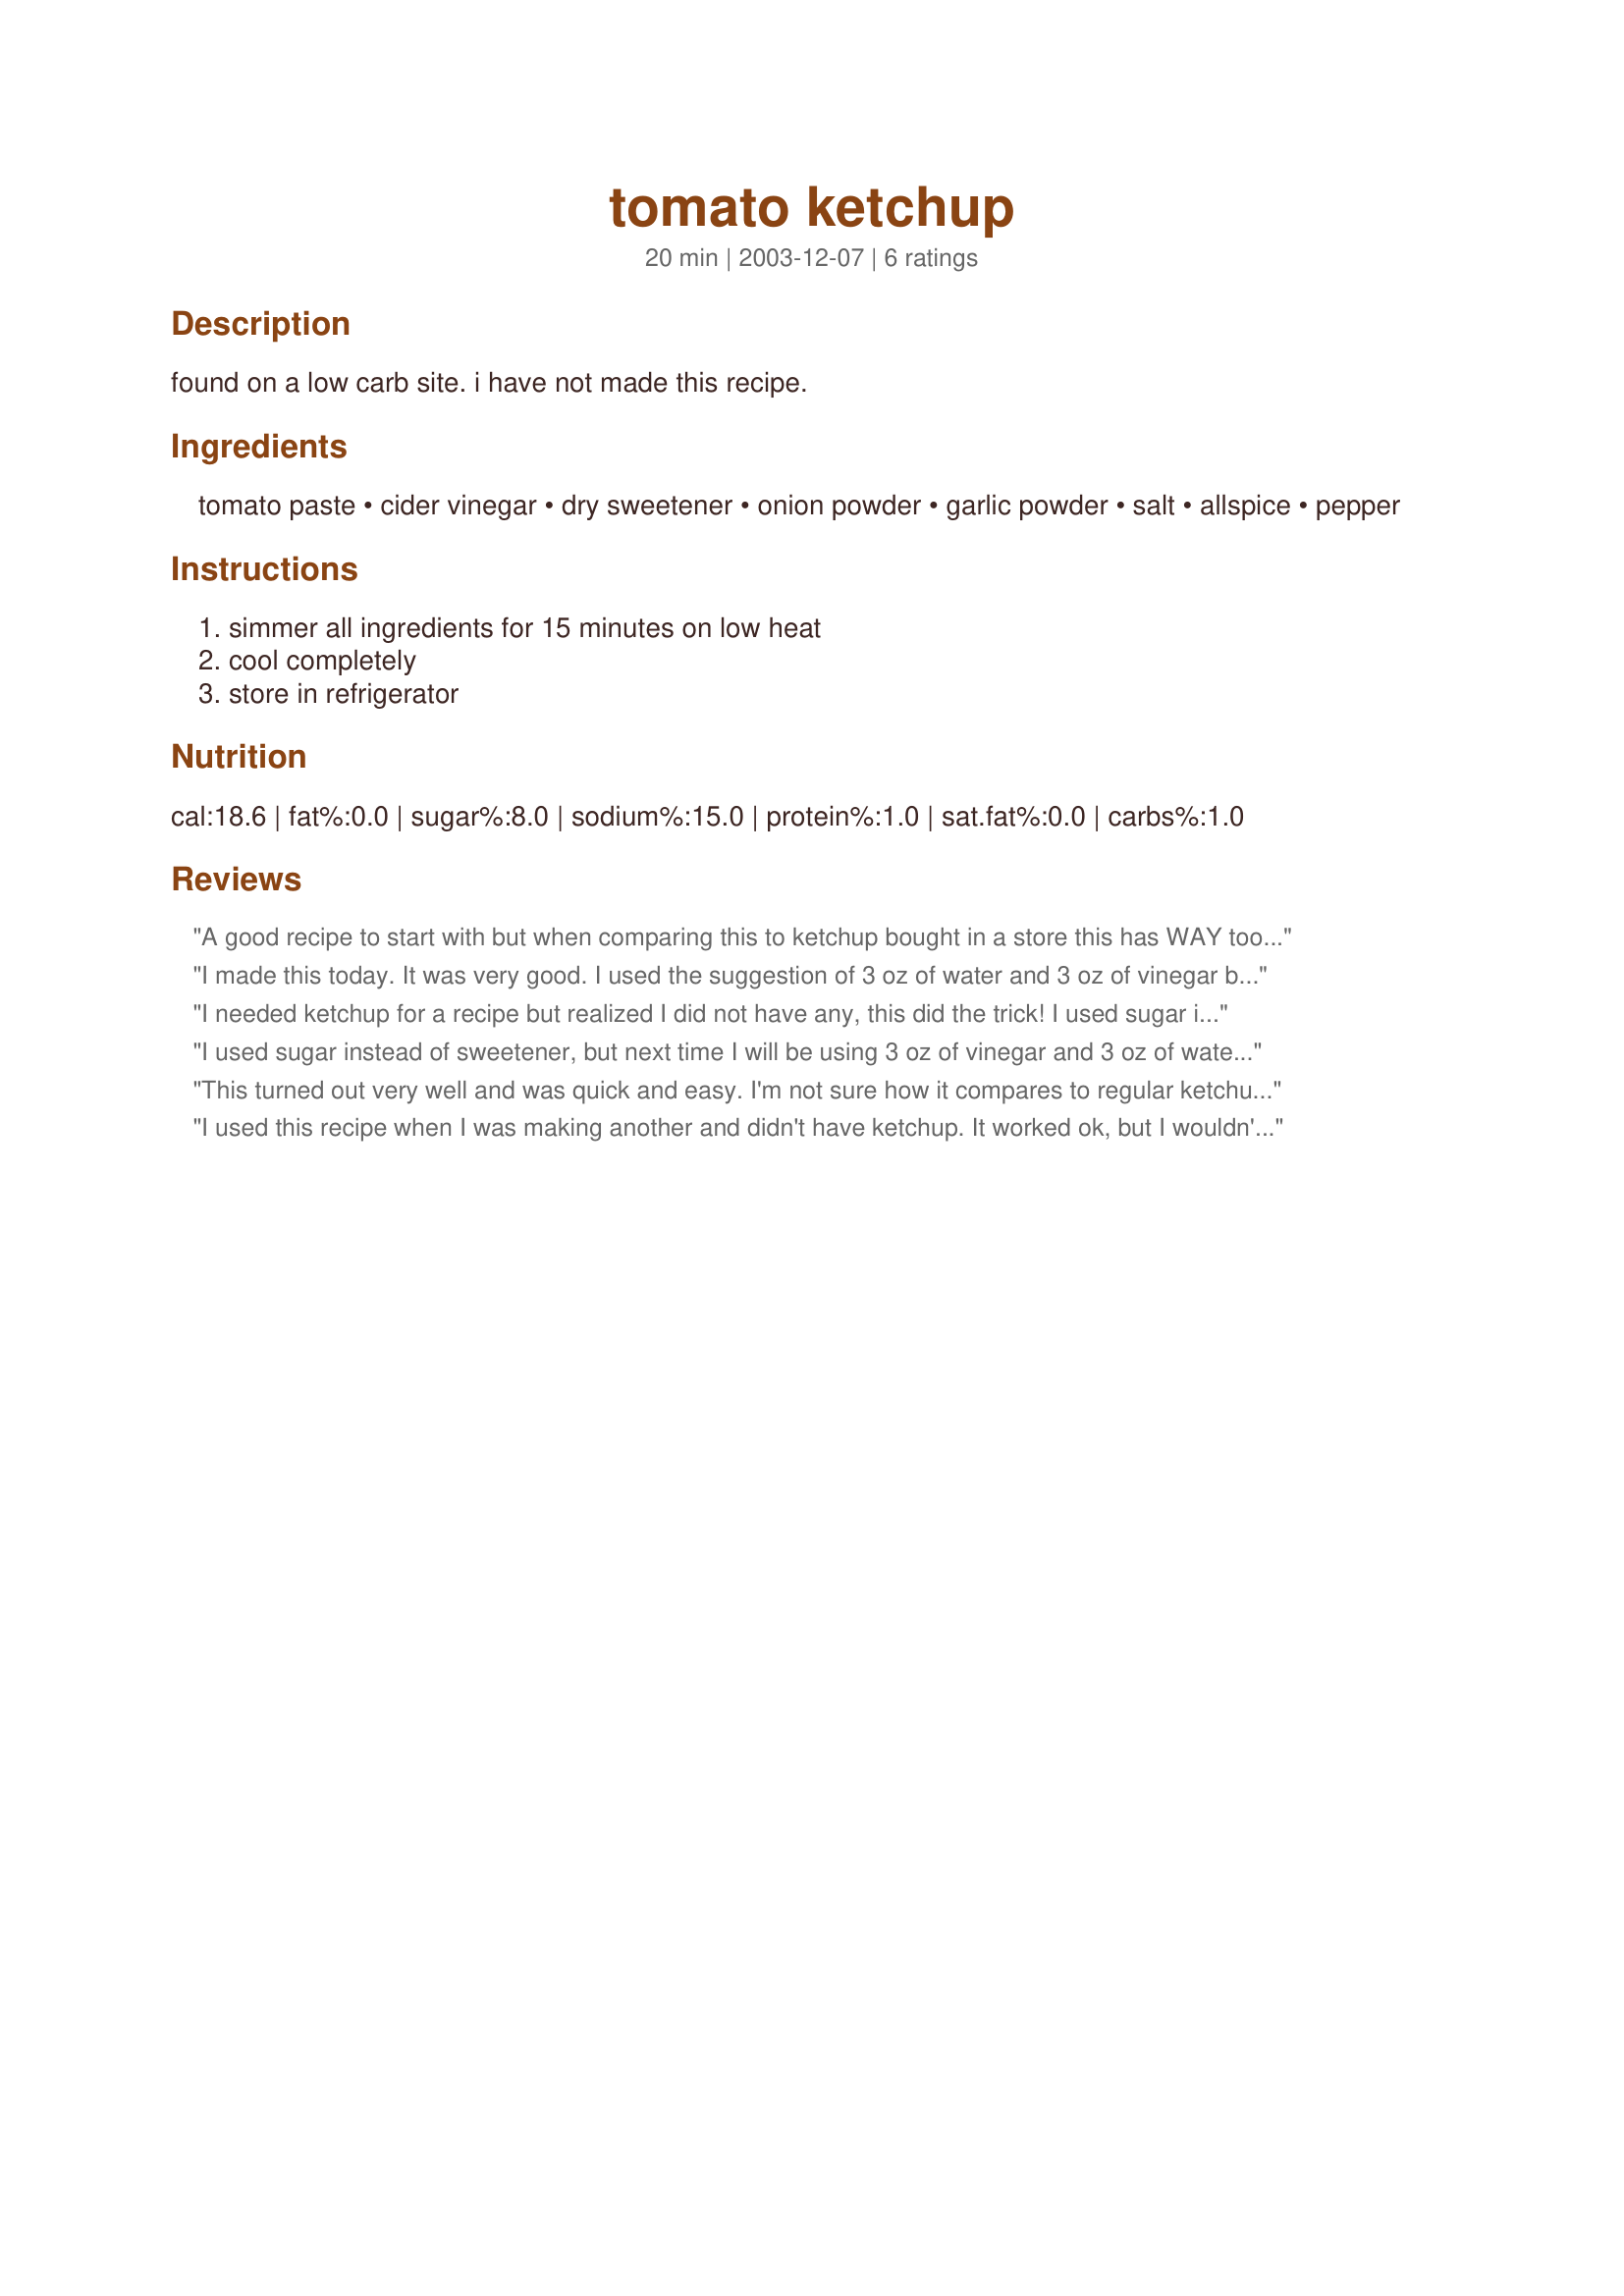
tomato ketchup
Preparation time: 20 minutes

found on a low carb site. i have not made this recipe.

Ingredients:
tomato paste, cider vinegar, dry sweetener, onion powder, garlic powder, salt, allspice, pepper

Steps:
simmer all ingredients for 15 minutes on low heat, cool completely, store in refrigerator

Reviews:
A good recipe to start with but when comparing this to ketchup bought in a store this has WAY too much vinegar. I have made this recipe as written and also with the following change:
Use 3 ounces of vinegar and 3 ounces of water instead of 6 ounces of vinegar. Robb
I made this today. It was very good. I used the suggestion of 3 oz of water and 3 oz of vinegar but it was still too strong for me. I ended up doubling to fix it. So in the future I'll use 1.5 oz (3 T) or less. and the rest with water (1/2 c. + 1 T.). I didn't use onion powder/garlic as I didn't think it was necessary and it sometimes bothers me. I didn't have allspice so I didn't use it either. Still, a very good recipe. It doesn't really need to simmer so long, a few mins or less, just enough to combine. Oh, and I used about 3/4-1 t. stevia powder in it, adjust to your preference.
I needed ketchup for a recipe but realized I did not have any, this did the trick! I used sugar in place of the dry sweetener, thanks for posting...Kittencal:)
I used sugar instead of sweetener, but next time I will be using 3 oz of vinegar and 3 oz of water instead of all vinegar b/c it was waaaay too much. It was almost more like cocktail sauce. I love that I can make this for less money than I can buy it and it has no corn syrup or MSG, as I am cutting both completely from my family's diet. Thanks for sharing!
This turned out very well and was quick and easy. I'm not sure how it compares to regular ketchup flavor (I don't use it) but I love the tomato and vinegar tang of this stuff. After storing it in the frig, it does get pretty thick but I really like it that way. You've saved me a lot of money with this recipe. I used organic tomato paste, stevia for sweetener, and skipped the allspice because I didn't have any. Now I don't have to spend big bucks on the "specialty" organic ketchups that cost so much. Thank you!
I used this recipe when I was making another and didn't have ketchup. It worked ok, but I wouldn't use it on my burger. I only used 2 ounces of vinegar since most people said 6 ounces was too much. Texture wasn't quite right either. It's good in a pinch though. Thanks for the reicpe.
